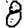
Digit: 8